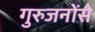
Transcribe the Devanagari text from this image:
गुरुजनोंसे